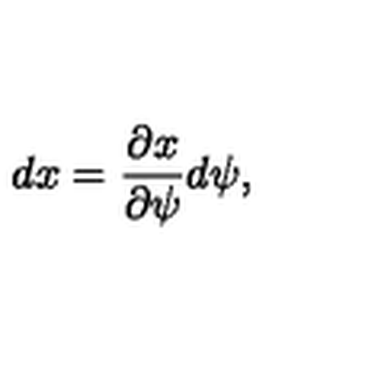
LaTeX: d x = { \frac { \partial x } { \partial \psi } } d \psi ,